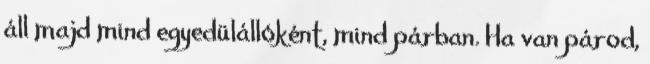
áll majd mind egyedülállóként, mind párban. Ha van párod,